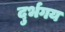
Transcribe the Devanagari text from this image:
दुर्भगय